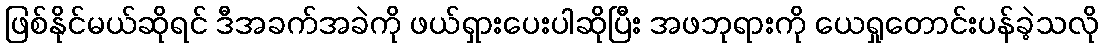
ဖြစ်နိုင်မယ်ဆိုရင် ဒီအခက်အခဲကို ဖယ်ရှားပေးပါဆိုပြီး အဖဘုရားကို ယေရှုတောင်းပန်ခဲ့သလို